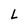
Character: L